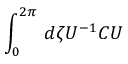
\int _ { 0 } ^ { 2 \pi } \, d \zeta U ^ { - 1 } { \cal C } U